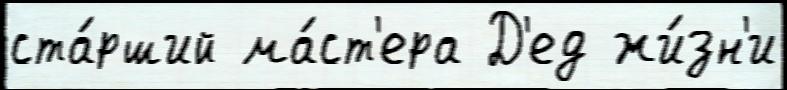
ста́рший ма́ст'ера Д'ед жи́зн'и